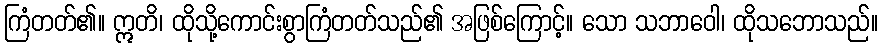
ကြံတတ်၏။ ဣတိ၊ ထိုသို့ကောင်းစွာကြံတတ်သည်၏ အဖြစ်ကြောင့်။ သော သဘာဝေါ၊ ထိုသဘောသည်။